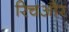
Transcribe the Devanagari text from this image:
रिचऔर